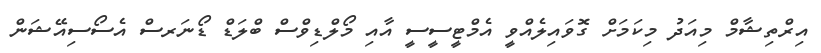
އިރްތިޝާމް މިއަދު މިކަމަށް ގޮވައިލެއްވީ އެމްޓީސީސީ އާއި މޯލްޑިވްސް ބްލަޑް ޑޯނަރސް އެސޯސިއޭޝަން